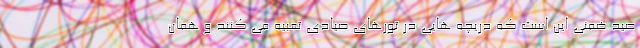
صید ضمنی این است که دریچه هایی در تورهای صیادی تعبیه می کنند و همان